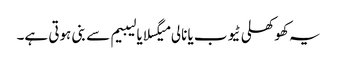
یہ کھوکھلی ٹیوب یا نالی میگسلا یا لیبیم سے بنی ہوتی ہے۔